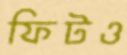
ফিটও